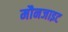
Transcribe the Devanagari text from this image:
मौनजाइट